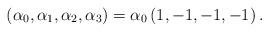
LaTeX: \begin{align*}\left( \alpha_{0},\alpha_{1},\alpha_{2},\alpha_{3}\right) =\alpha_{0}\left(1,-1,-1,-1\right) . \end{align*}